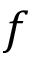
f